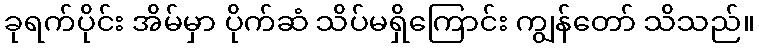
ခုရက်ပိုင်း အိမ်မှာ ပိုက်ဆံ သိပ်မရှိကြောင်း ကျွန်တော် သိသည်။